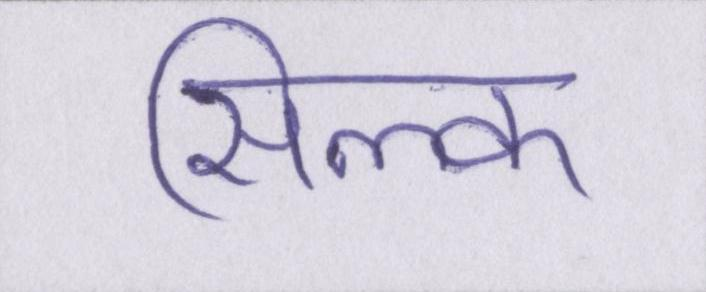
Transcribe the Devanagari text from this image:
सिल्क